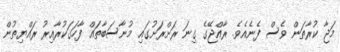
މަޖާ ކުރާތަން ވެސް ފެނެއެވެ. ރާއްޖޭގެ ގިނަ ރަށްރަށުގައި މުނާސަބާތައް ފާހަގަކުރާއިރު ރައްޔިތުން